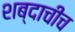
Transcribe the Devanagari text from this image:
शब्दाचीच